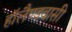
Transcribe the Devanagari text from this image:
हॉलैण्डवासी